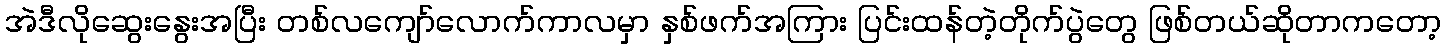
အဲဒီလိုဆွေးနွေးအပြီး တစ်လကျော်လောက်ကာလမှာ နှစ်ဖက်အကြား ပြင်းထန်တဲ့တိုက်ပွဲတွေ ဖြစ်တယ်ဆိုတာကတော့